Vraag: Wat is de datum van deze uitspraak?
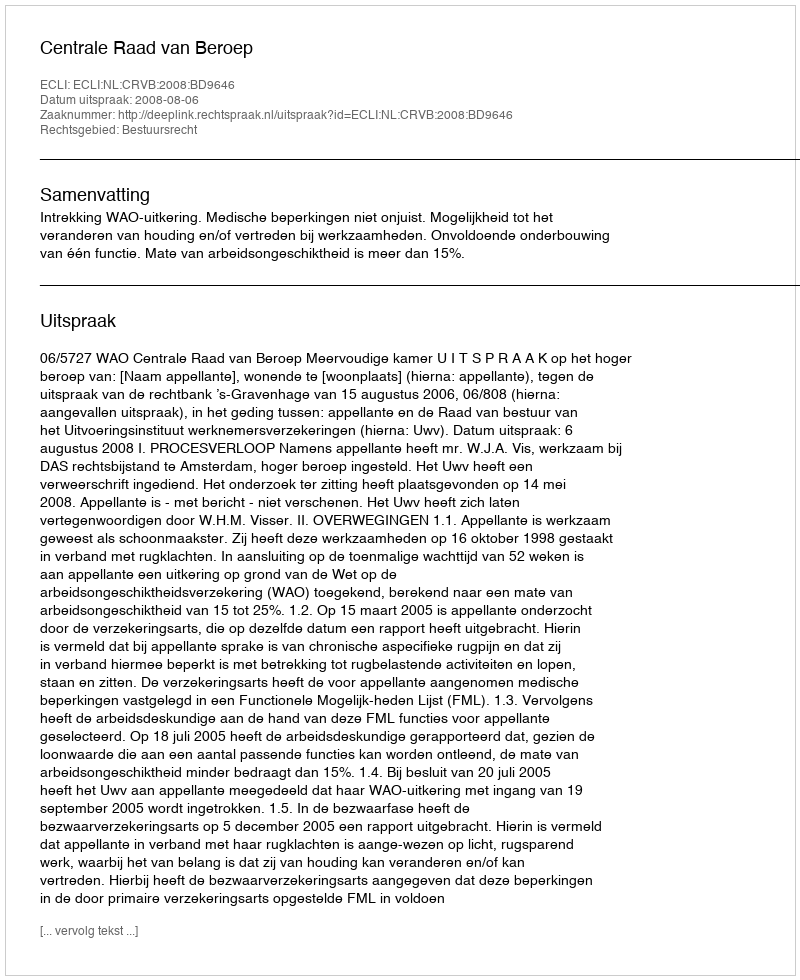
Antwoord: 2008-08-06